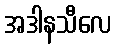
အဒါနသီလေ